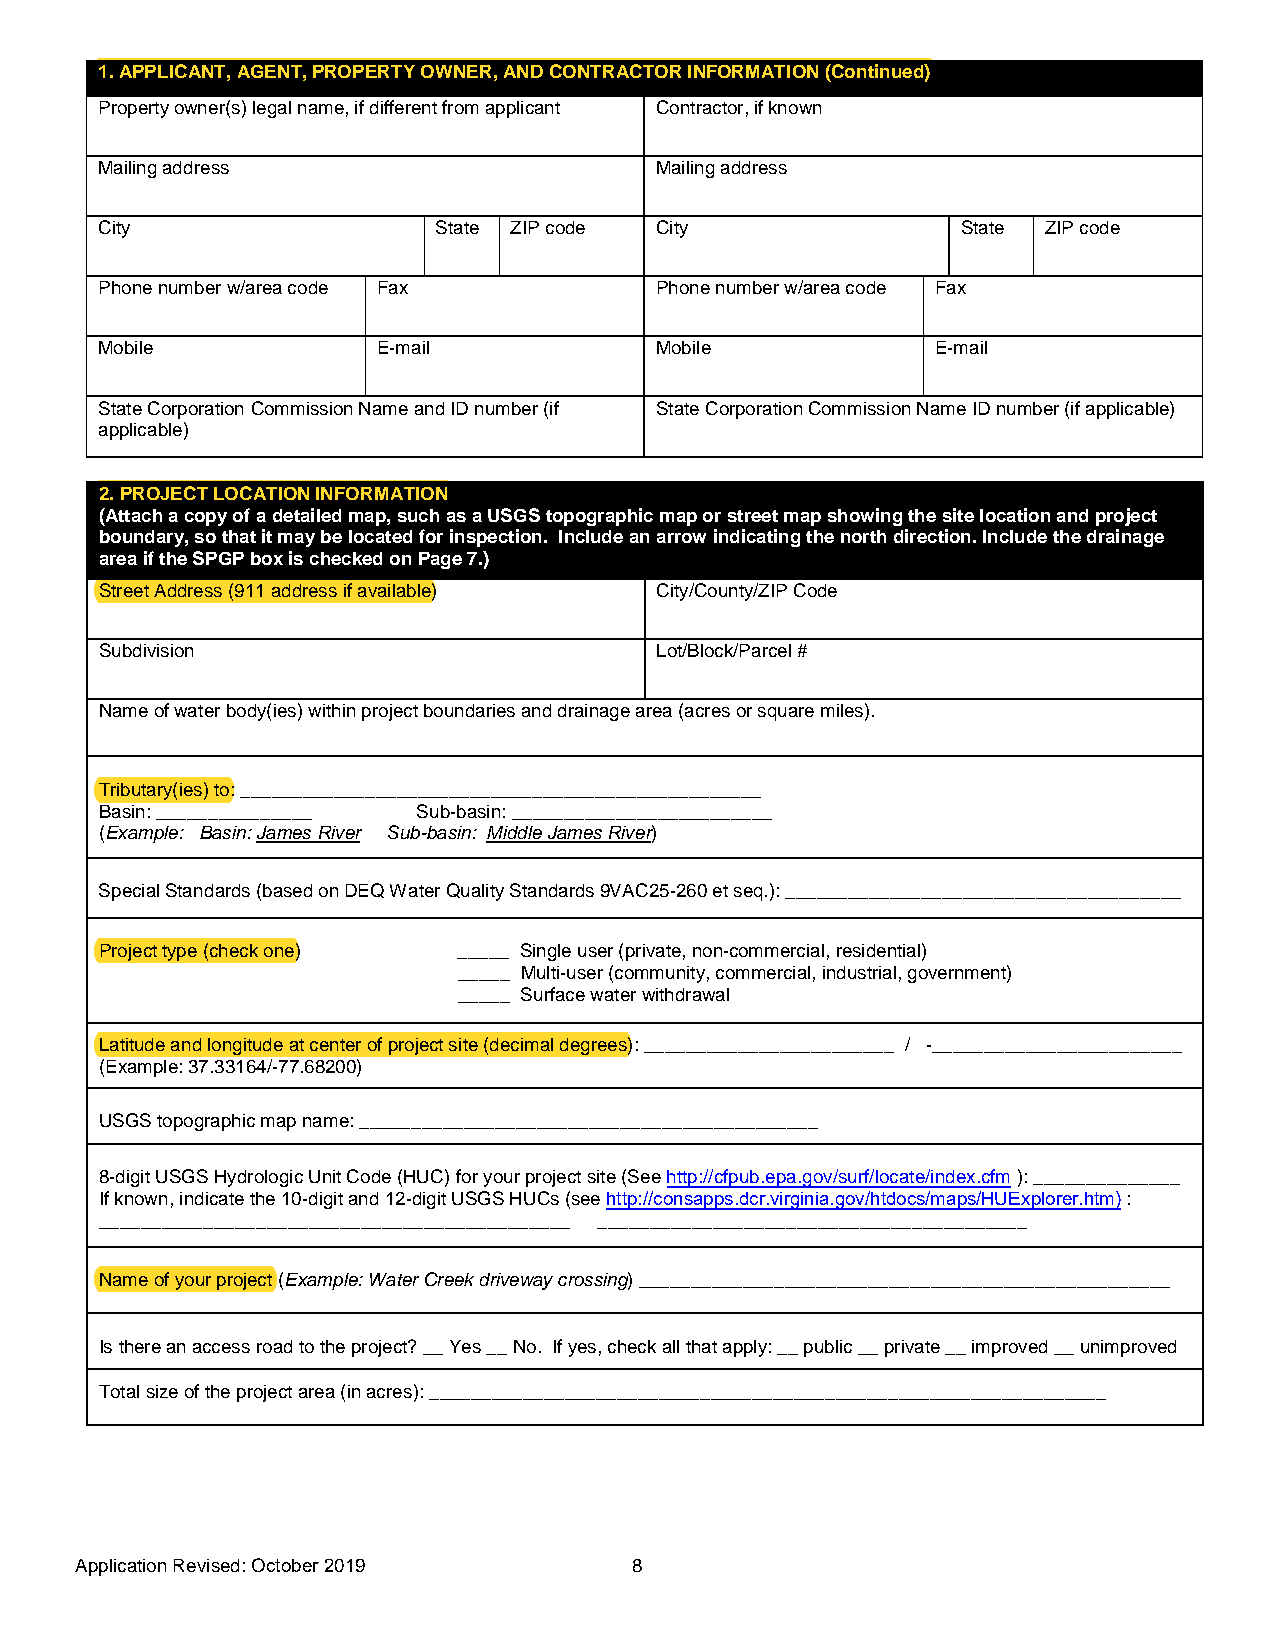
1.APPLICANT, AGENT, PROPERTY OWNER, AND CONTRACTOR INFORMATION (Continued)
 Property owner(s) legal name, if different from applicant Contractor, if known
 Mailing address                      Mailing address
 City                   State ZIP code City                State ZIP code
 Phone number w/area code Fax         Phone number w/area code Fax
 Mobile             E-mail            Mobile             E-mail
 State Corporation Commission Name and ID number (if State Corporation Commission Name ID number (if applicable)
 applicable)
 2.PROJECT LOCATION INFORMATION
 (Attach a copy of a detailed map, such as a USGS topographic map or street map showing the site location and project
 boundary, so that it may be located for inspection. Include an arrow indicating the north direction. Include the drainage
 area if the SPGP box is checked on Page 7.)
 Street Address (911 address if available) City/County/ZIP Code
 Subdivision                         Lot/Block/Parcel #
 Name of water body(ies) within project boundaries and drainage area (acres or square miles).
 Tributary(ies) to: __________________________________________________
 Basin: _______________ Sub-basin: _________________________
 (Example: Basin: James River Sub-basin: Middle James River)
 Special Standards (based on DEQ Water Quality Standards 9VAC25-260 et seq.): ______________________________________
 Project type (check one) _____ Single user (private, non-commercial, residential)
 _____ Multi-user (community, commercial, industrial, government)
 _____ Surface water withdrawal
 Latitude and longitude at center of project site (decimal degrees): ________________________ / -________________________
 (Example: 37.33164/-77.68200)
 USGS topographic map name: ____________________________________________
 8-digit USGS Hydrologic Unit Code (HUC) for your project site (See http://cfpub.epa.gov/surf/locate/index.cfm ): ______________
 If known, indicate the 10-digit and 12-digit USGS HUCs (see http://consapps.dcr.virginia.gov/htdocs/maps/HUExplorer.htm) :
 _____________________________________________ _________________________________________
 Name of your project (Example: Water Creek driveway crossing) ___________________________________________________
 Is there an access road to the project? __ Yes __ No. If yes, check all that apply: __ public __ private __ improved __ unimproved
 Total size of the project area (in acres): _________________________________________________________________
 Application Revised: October 20 19   8